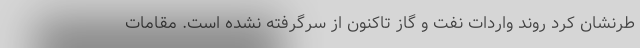
طرنشان کرد روند واردات نفت و گاز تاکنون از سرگرفته نشده است. مقامات